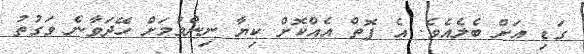
ގަޑި އަށް ބެލެއެވެ. އެ ފޮތް އެއްކޮށް ކިޔާ ނިންމުމަށް ހޭދަވާނެ ވަގުތު